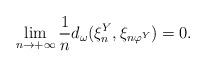
LaTeX: \begin{align*}\lim_{n\rightarrow+\infty}\frac 1nd_\omega(\xi^Y_n,\xi_{n\varphi^Y})=0.\end{align*}